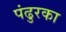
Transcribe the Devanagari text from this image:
पंढुरका